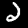
Digit: 2